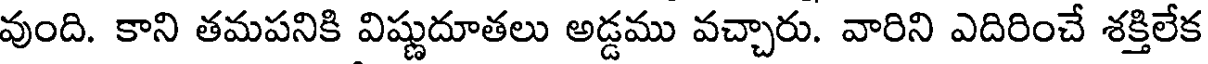
వుంది. కాని తమపనికి విష్ణుదూతలు అడ్డము వచ్చారు. వారిని ఎదిరించే శక్తిలేక